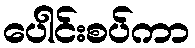
ပေါင်းစပ်ကာ